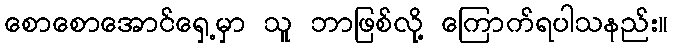
စောစောအောင်ရှေ့မှာ သူ ဘာဖြစ်လို့ ကြောက်ရပါသနည်း။